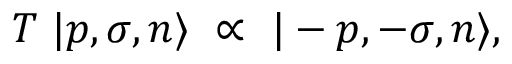
T \ | p , \sigma , n \rangle \ \propto \ | - p , - \sigma , n \rangle ,